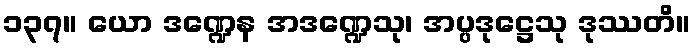
၁၃၇။ ယော ဒဏ္ဍေန အဒဏ္ဍေသု၊ အပ္ပဒုဋ္ဌေသု ဒုဿတိ။